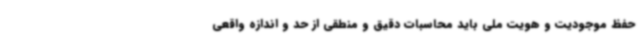
حفظ موجودیت و هویت ملی باید محاسبات دقیق و منطقی از حد و اندازه واقعی